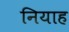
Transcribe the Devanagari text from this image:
नियाह